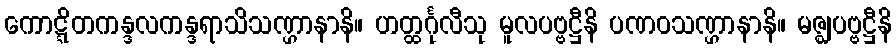
ကောဋ္ဋိတကန္ဒလကန္ဒရာသိသဏ္ဌာနာနိ။ ဟတ္ထင်္ဂုလီသု မူလပဗ္ဗဋ္ဌီနိ ပဏဝသဏ္ဌာနာနိ။ မဇ္ဈပဗ္ဗဋ္ဌီနိ